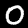
Label: 0